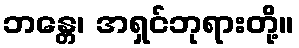
ဘန္တေ၊ အရှင်ဘုရားတို့။